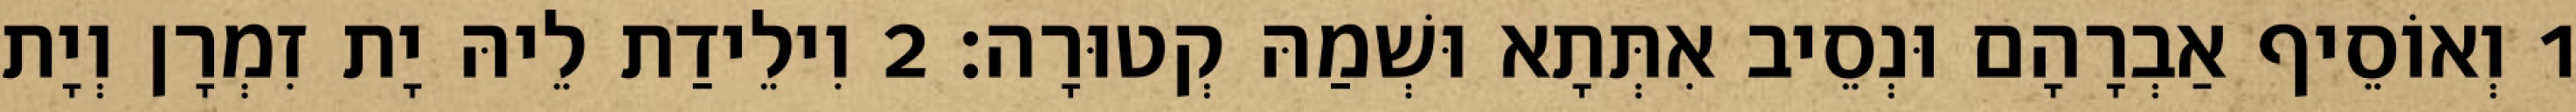
1 וְאוֹסֵיף אַבְרָהָם וּנְסֵיב אִתְּתָא וּשְׁמַהּ קְטוּרָה׃ 2 וִילֵידַת לֵיהּ יָת זִמְרָן וְיָת